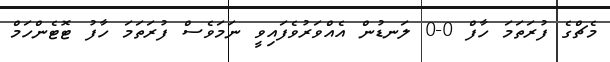
މެޗްގެ ފުރަތަމަ ހާފް 0-0 ލަނޑުން އެއްވަރުވެފައިވީ ނަމަވެސް ފުރަތަމަ ހާފު ޓޮޓެންހަމް